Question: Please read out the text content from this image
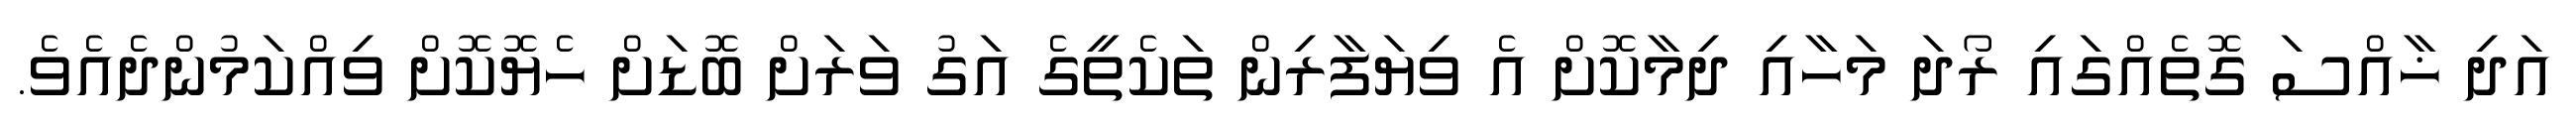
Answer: އަދި ޚާއްސަ ގޮތެއްގައި ރޯދަ މަހާއި ދިމާކޮށް އެ ވިޔަފާރިން ތަކެތީގެ އަގު ވަރަށް ބޮޑަށް ހެޔޮކޮށް ވިއްކަމުންދެއެވެ.